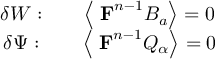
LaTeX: \begin{array} { c c c } { { \delta W : } } & { { } } & { { \left\langle \mathrm { { \bf ~ F } } ^ { n - 1 } B _ { a } \right\rangle = 0 } } \\ { { \delta \Psi : } } & { { } } & { { \left\langle \mathrm { { \bf ~ F } } ^ { n - 1 } Q _ { \alpha } \right\rangle = 0 } } \end{array}